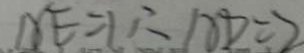
A E = 1 \therefore A D = 2